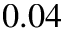
0 . 0 4